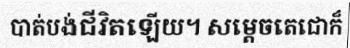
បាត់បង់ជីវិតឡើយ។ សម្តេចតេជោក៏